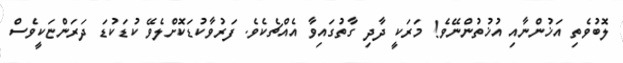
ލޮބުވެތި އަޚުންނާއި އުޚުތުންނޭވެ! މަރަކީ ދާދި ގާތުގައިވާ އެއްޗެކެވެ. ފަރުވާކުޑަކޮށްލެވޭ ކުޑަކުޑަ ދަރަންޏަކީވެސް